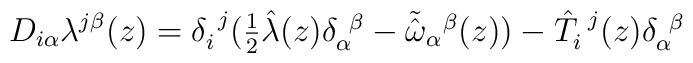
D_{i\alpha}\lambda^{j\beta}(z)=\delta_{i}^{~j}(\textstyle{\frac{1}{2}}\hat{\lambda}(z)\delta^{~\beta}_{\alpha}-\tilde{\hat{\omega}}_{\alpha}{}^{\beta}(z))-\hat{T}^{~j}_{i}(z)\delta^{~\beta}_{\alpha}